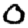
Digit: 0